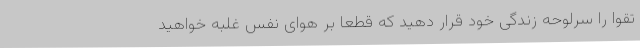
تقوا را سرلوحه زندگی خود قرار دهید که قطعاً بر هوای نفس غلبه خواهید